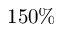
1 5 0 \%